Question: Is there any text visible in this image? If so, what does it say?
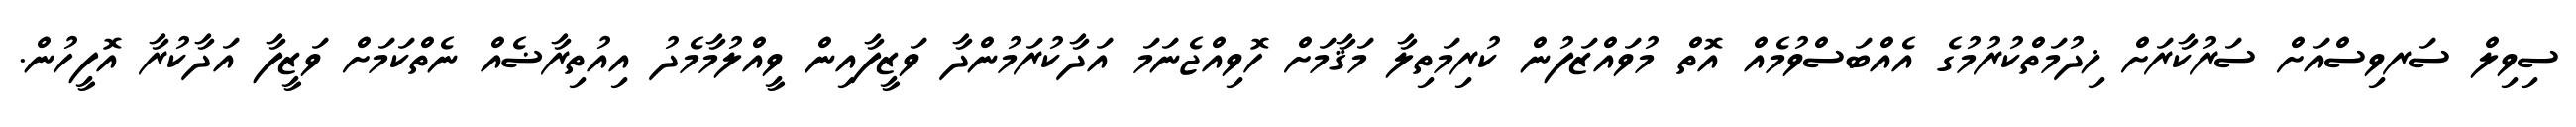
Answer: ސިވިލް ސަރވިސްއަށް ސަރުކާރަށް ޚިދުމަތްކުރުމުގެ އެއްބަސްވުމެއް އޮތް މުވައްޒަފުން ކުރިމަތިލާ މަޤާމަށް ހޮވިއްޖެނަމަ އަދާކުރަމުންދާ ވަޒީފާއިން ވީއްލުމާމެދު އިއުތިރާޟެއް ނެތްކަމަށް ވަޒީފާ އަދާކުރާ އޮފީހުން.